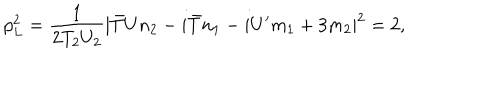
LaTeX: p _ { L } ^ { 2 } = \frac { 1 } { 2 T _ { 2 } U _ { 2 } } | { \bar { T } } U n _ { 2 } - i { \bar { T } } n _ { 1 } - i U ^ { \prime } m _ { 1 } + 3 m _ { 2 } | ^ { 2 } = 2 ,